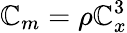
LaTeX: \mathbb{C}_{m}=\rho\mathbb{C}_{x}^{3}